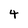
Character: 4